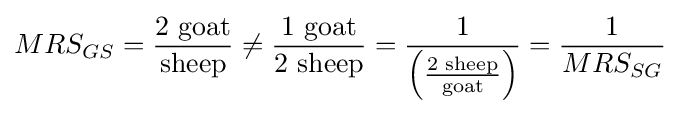
MRS_{GS}={\frac {2{\text{ goat}}}{\text{sheep}}}\neq {\frac {1{\text{ goat}}}{2{\text{ sheep}}}}={\frac {1}{\left({\frac {2{\text{ sheep}}}{\text{goat}}}\right)}}={\frac {1}{MRS_{SG}}}